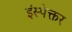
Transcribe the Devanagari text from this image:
इंस्पेक्तर